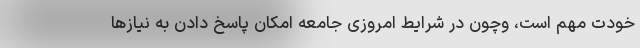
خودت مهم است، وچون در شرایط امروزیِ جامعه امکان پاسخ دادن به نیازها